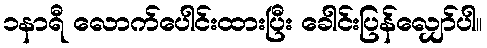
၁နာရီ လောက်ပေါင်းထားပြီး ခေါင်းပြန်လျှော်ပါ။